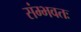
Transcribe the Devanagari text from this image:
संम्भवतः